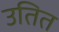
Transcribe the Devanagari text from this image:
उतित